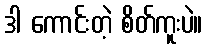
ဒါ ကောင်းတဲ့ စိတ်ကူးပဲ။